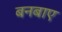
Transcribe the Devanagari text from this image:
बनबाए